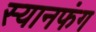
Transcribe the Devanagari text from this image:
स्यानफंग